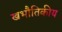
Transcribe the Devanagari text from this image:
खभौतिकीय